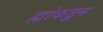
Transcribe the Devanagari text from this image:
ह्यांकढून